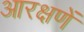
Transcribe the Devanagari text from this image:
आरक्षणें